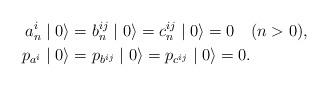
LaTeX: \begin{align*}a_{n}^{i}\mid0\rangle &=b_{n}^{ij}\mid0\rangle=c_{n}^{ij}\mid0\rangle=0\quad(n>0),\\p_{a^i}\mid0\rangle &=p_{b^{ij}}\mid0\rangle=p_{c^{ij}}\mid0\rangle=0.\end{align*}